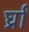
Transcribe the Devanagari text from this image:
र्घ्रां